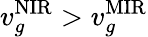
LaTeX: v_{g}^{\mathrm{NIR}}>v_{g}^{\mathrm{MIR}}